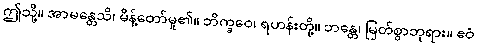
ဤသို့။ အာမန္တေသိ၊ မိန့်တော်မူ၏။ ဘိက္ခဝေ၊ ရဟန်းတို့။ ဘန္တေ၊ မြတ်စွာဘုရား။ ဧဝံ